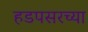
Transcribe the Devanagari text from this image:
हडपसरच्या